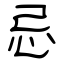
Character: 忌